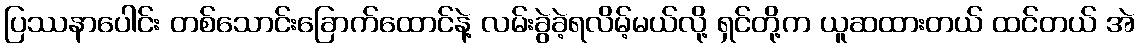
ပြဿနာပေါင်း တစ်သောင်းခြောက်ထောင်နဲ့ လမ်းခွဲခဲ့ရလိမ့်မယ်လို့ ရှင်တို့က ယူဆထားတယ် ထင်တယ် အဲ